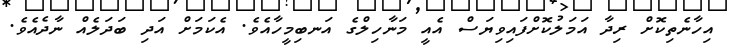
އިހާނެތިކޮށް ރިދާ އަމަލުކޮށްފައިވިޔަސް އެއީ މަނާހިލްގެ އަނބިމީހާއެވެ. އެކަމަށް އަދި ބަދަލެއް ނާދެއެވެ.